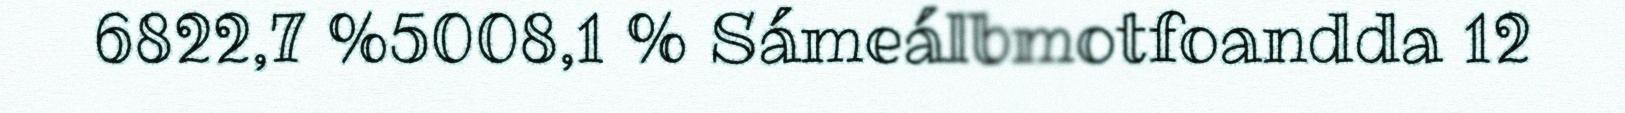
6822,7 %5008,1 % Sámeálbmotfoandda 12